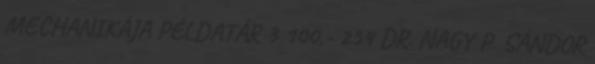
MECHANIKÁJA PÉLDATÁR 3 100,- 254 DR. NAGY P. SÁNDOR